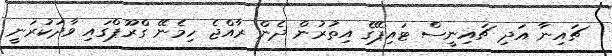
ޗައިނާ އަދި ޗައިނީސް ޓައިޕޭގެ އިތުރުން ދެން ރާއްޖެ ހިމެނޭ ގްރޫޕްގައި ވާދަކުރަނީ